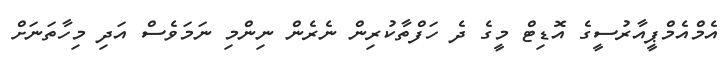
އެމްއެމްޕީއާރުސީގެ އޮޑިޓް މީގެ ދެ ހަފްތާކުރިން ނެރެން ނިންމި ނަމަވެސް އަދި މިހާތަނަށް